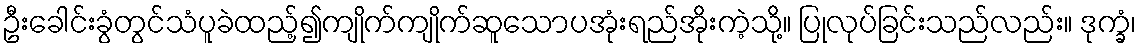
ဦးခေါင်းခွံတွင်သံပူခဲထည့်၍ကျိုက်ကျိုက်ဆူသောပအုံးရည်အိုးကဲ့သို့။ ပြုလုပ်ခြင်းသည်လည်း။ ဒုက္ခံ၊